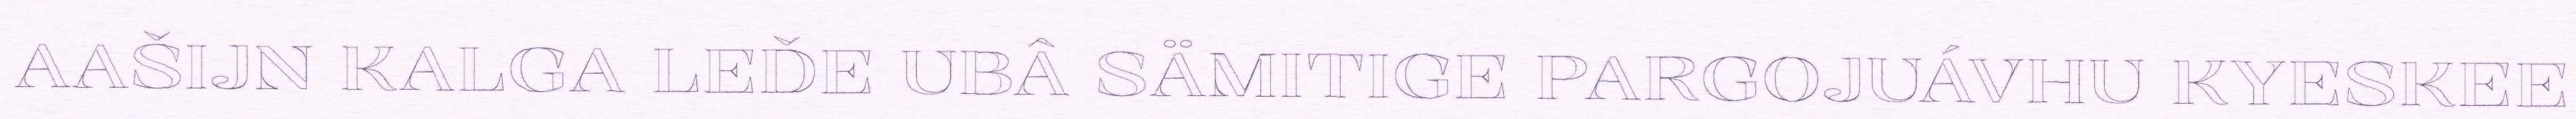
AAŠIJN KALGA LEĐE UBÂ SÄMITIGE PARGOJUÁVHU KYESKEE